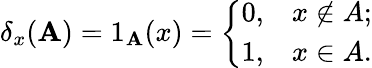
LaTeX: \delta_{x}(\mathbf{A})=1_{\mathbf{A}}(x)={\left\{ \begin{array}{ll}{0,}&{x\not\in A;}\\ {1,}&{x\in A.}\end{array}\right.}